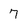
Character: 7